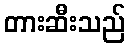
တားဆီးသည်